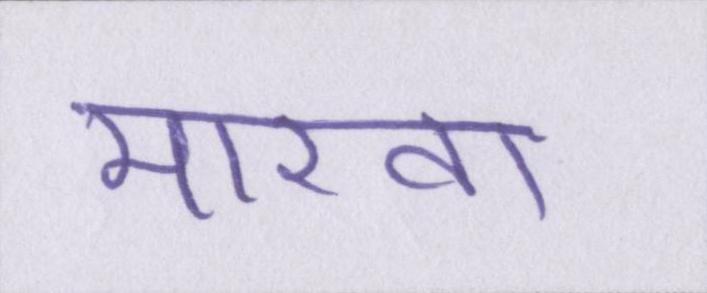
मारवा